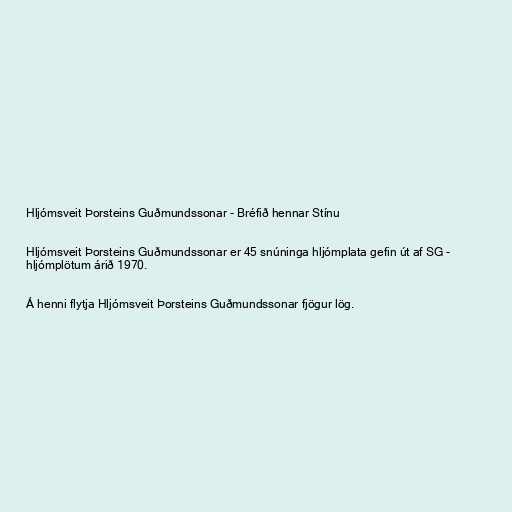
Hljómsveit Þorsteins Guðmundssonar - Bréfið hennar Stínu

Hljómsveit Þorsteins Guðmundssonar er 45 snúninga hljómplata gefin út af SG -
hljómplötum árið 1970.

Á henni flytja Hljómsveit Þorsteins Guðmundssonar fjögur lög.